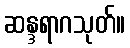
ဆန္ဒရာဂသုတ်။